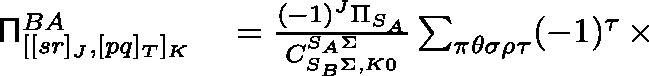
\begin{array} { r l } { \mathsf { \Pi } _ { [ [ s r ] _ { J } , [ p q ] _ { T } ] _ { K } } ^ { B A } } & { { } = \frac { ( - 1 ) ^ { J } \Pi _ { S _ { A } } } { C _ { S _ { B } \Sigma , K 0 } ^ { S _ { A } \Sigma } } \sum _ { \pi \theta \sigma \rho \tau } ( - 1 ) ^ { \tau } \, \times } \end{array}